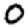
Digit: 0